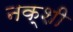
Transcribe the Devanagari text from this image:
नक्शी